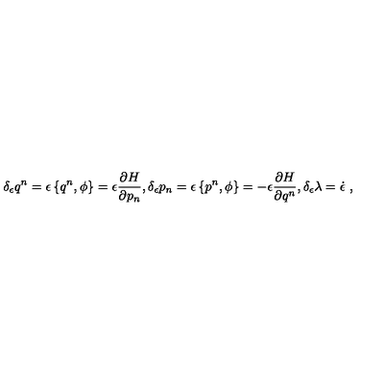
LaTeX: \delta _ { \epsilon } q ^ { n } = \epsilon \left\{ q ^ { n } , \phi \right\} = \epsilon \frac { \partial H } { \partial p _ { n } } , \delta _ { \epsilon } p _ { n } = \epsilon \left\{ p ^ { n } , \phi \right\} = - \epsilon \frac { \partial H } { \partial q ^ { n } } , \delta _ { \epsilon } \lambda = \dot { \epsilon } \ ,